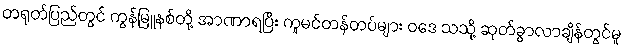
တရုတ်ပြည်တွင် ကွန်မြူနစ်တို့ အာဏာရပြီး ကူမင်တန်တပ်များ ဝဒေ သသို့ ဆုတ်ခွာလာချိန်တွင်မူ